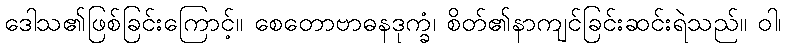
ဒေါသ၏ဖြစ်ခြင်းကြောင့်။ စေတောဗာဓနဒုက္ခံ၊ စိတ်၏နာကျင်ခြင်းဆင်းရဲသည်။ ဝါ၊